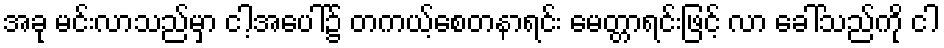
အခု မင်းလာသည်မှာ ငါ့အပေါ်၌ တကယ့်စေတနာရင်း မေတ္တာရင်းဖြင့် လာ ခေါ်သည်ကို ငါ